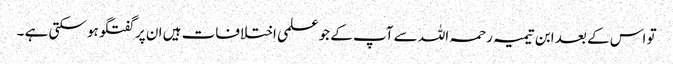
تو اس کے بعد ابن تیمیہ رحمہ اللہ سے آپ کے جو علمی اختلافات ہیں ان پر گفتگو ہو سکتی ہے ۔